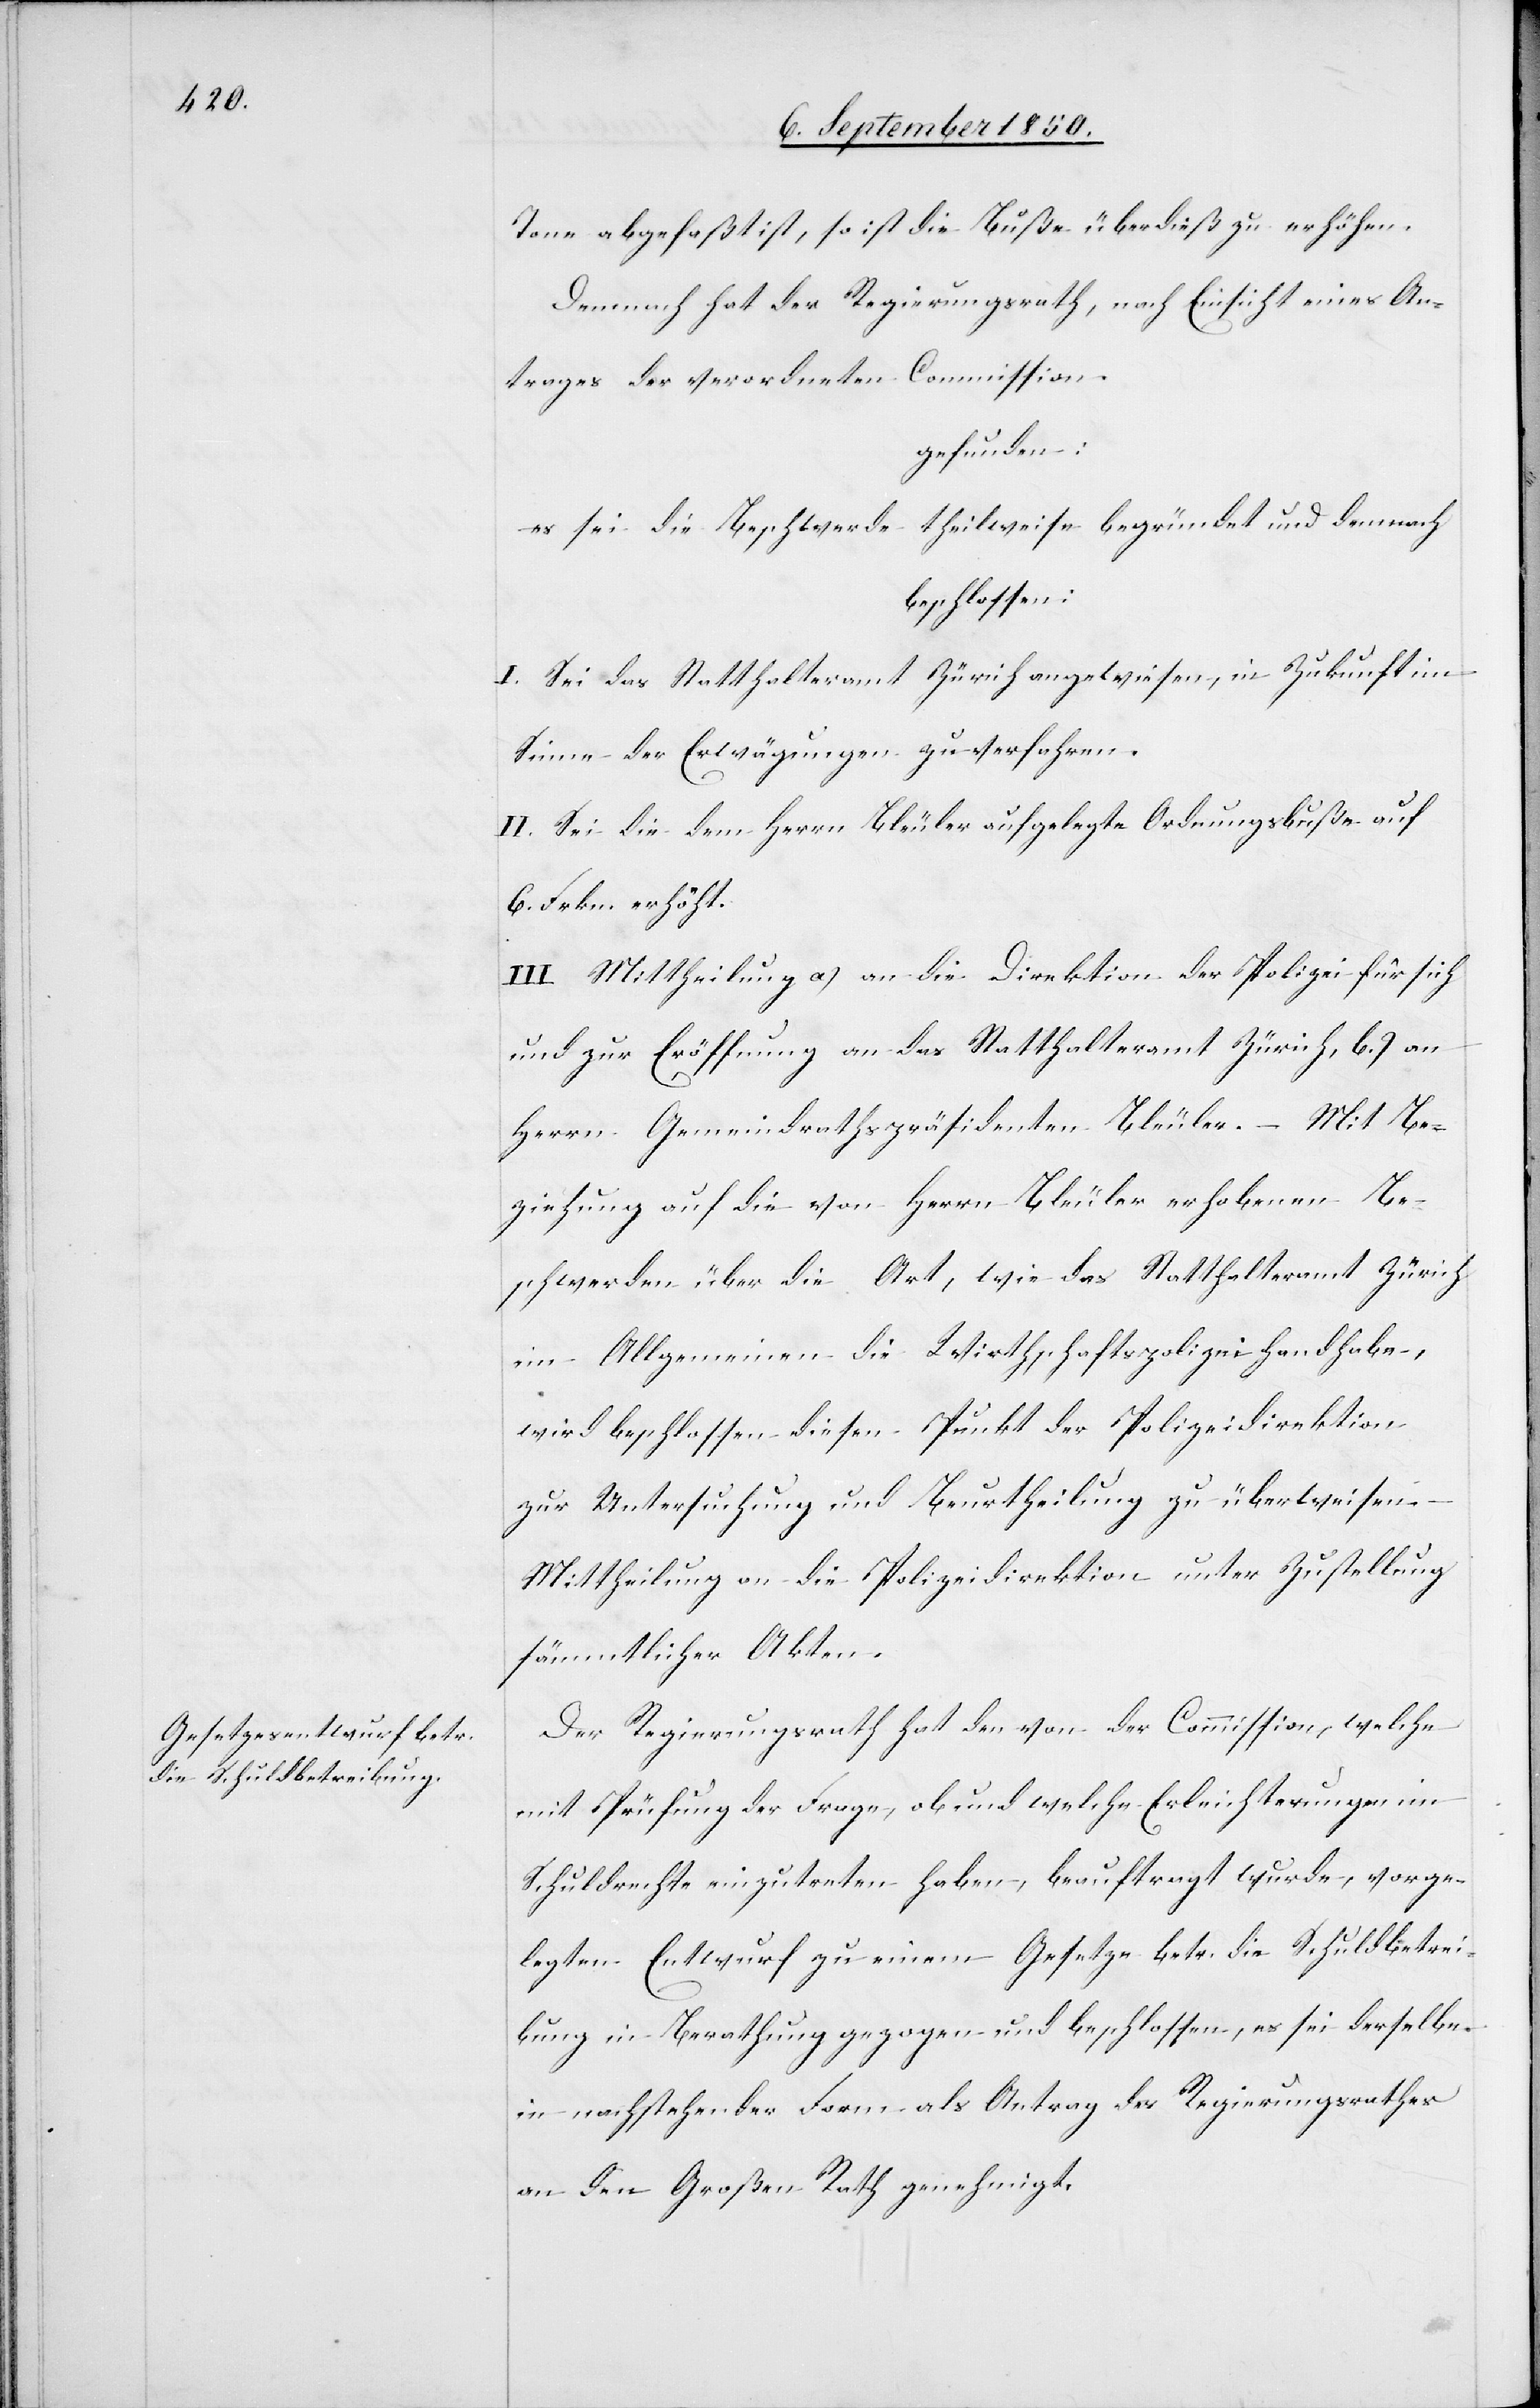
die Schuldbetreibung“,

Tone abgefaßt ist, so ist die Buße überdieß zu erhöhen.
Demnach hat der Regierungsrath, nach Einsicht eines An¬
trages der verordneten Commission
gefunden:
es sei die Beschwerde theilweise begründet und demnach
beschlossen:
I. Sei das Statthalteramt Zürich angewiesen, in Zukunft im
zu verfahren.
Sinne der Erwägungen
II. Sei die dem Herrn Bleuler aufgelegte Ordnungsbuße auf
6. Frkn. erhöht.
III. Mittheilung a) an die Direktion der Polizei für sich
und zur Eröffnung an das Statthalteramt Zürich, b.) an
Herrn Gemeindrathspräsidenten Bleuler. – Mit Be¬
ziehung auf die von Herrn Bleuler erhobenen Be¬
schwerden über die Art, wie das Statthalteramt Zürich
im Allgemeinen die Wirthschaftspolizei handhabe,
wird beschlossen diesen Punkt der Polizeidirektion
p.
zur Untersuchung und Beurtheilung zu überweisen.
Mittheilung an die Polizeidirektion unter Zustellung
sämmtlicher Akten.
Der Regierungsrath hat den von der Commission, welche
mit Prüfung der Frage, ob und welche Erleichterungen im
Schuldrechte einzutreten haben, beauftragt wurde, vorge¬
legten Entwurf zu einem Gesetze betr. die Schuldbetrei¬
bung in Berathung gezogen und beschlossen, es sei derselbe
in nachstehender Form [gedruckter „Gesetzesentwurf betreffend
an den Großen Rath genehmigt.